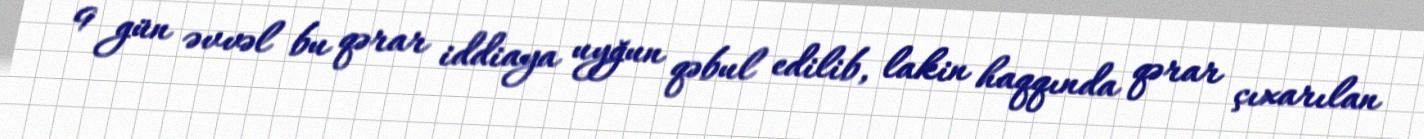
9 gün əvvəl bu qərar iddiaya uyğun qəbul edilib, lakin haqqında qərar çıxarılan